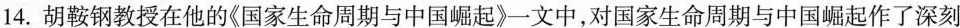
14.胡鞍钢教授在他的《国家生命周期与中国崛起》一文中，对国家生命周期与中国崛起作了深刻